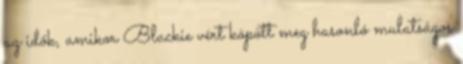
az idők, amikor Blackie vért köpött meg hasonló mulatságos